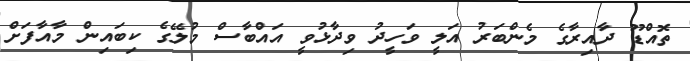
ތޮއްޑޫ ދާއިރާގެ މެންބަރު އަލީ ވަހީދު ވިދާޅުވީ އައްބާސް މުލޭގެ ކިބައިން މާއާފަށް